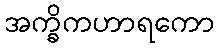
အက္ခိကဟာရကော